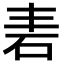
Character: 砉